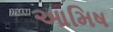
આમિષ